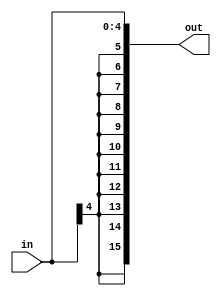
module sign_ext_5_16(out, in);

output [15:0] out;
input [4:0] in;

assign out = {{11{in[4]}}, in[4:0]};

endmodule